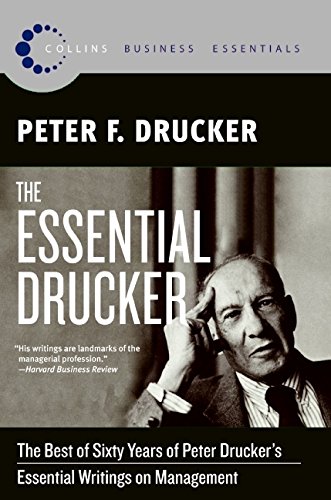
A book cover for The Essential Drucker: The Best of Sixty Years of Peter Drucker's Essential Writings on Management (Collins Business Essentials); Peter F. Drucker; Business & Money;